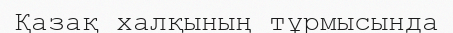
Қазақ халқының тұрмысында